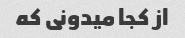
از کجا میدونی که